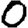
Digit: 0